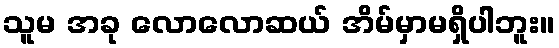
သူမ အခု လောလောဆယ် အိမ်မှာမရှိပါဘူး။